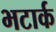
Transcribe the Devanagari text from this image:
भटार्क